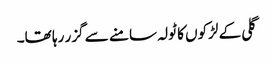
گلی کے لڑکوں کا ٹولہ سامنے سے گزر رہا تھا۔